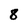
Character: 8